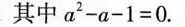
其中$$a ^ { 2 } - a - 1 = 0$$.